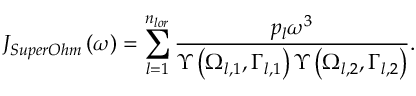
{ { J } _ { S u p e r O h m } } \left( \omega \right) = \sum _ { l = 1 } ^ { { { n } _ { l o r } } } { \frac { { { p } _ { l } } { { \omega } ^ { 3 } } } { \Upsilon \left( { { \Omega } _ { l , 1 } } , { { \Gamma } _ { l , 1 } } \right) \Upsilon \left( { { \Omega } _ { l , 2 } } , { { \Gamma } _ { l , 2 } } \right) } } .